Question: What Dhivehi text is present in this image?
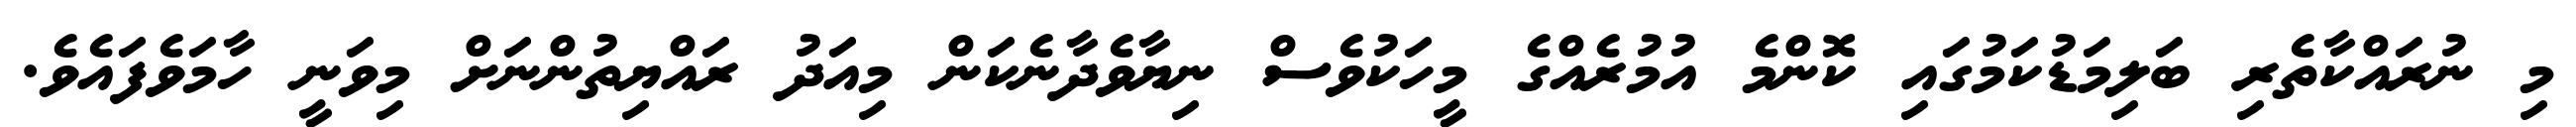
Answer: މި ނުރައްކާތެރި ބަލިމަޑުކަމުގައި ކޮންމެ އުމުރެއްގެ މީހަކުވެސް ނިޔާވެދާނެކަން މިއަދު ރައްޔިތުންނަށް މިވަނީ ހާމަވެފައެވެ.